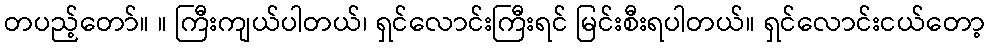
တပည့်တော်။ ။ ကြီးကျယ်ပါတယ်၊ ရှင်လောင်းကြီးရင် မြင်းစီးရပါတယ်။ ရှင်လောင်းငယ်တော့